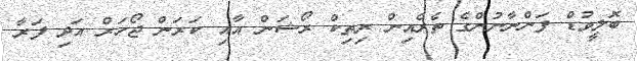
ބޮލީވުޑް ފަންނާނުންގެ ތެރެއިން ރިތިކް ރޯޝަން އާއި ކަރަން ޖޯހަރް އަދި ފަރާ